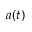
a ( t )